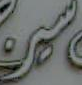
سر